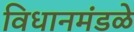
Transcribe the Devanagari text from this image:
विधानमंडळे